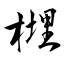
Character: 榸